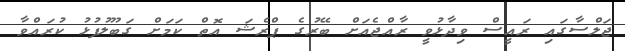
ޖަލްސާގައި ރައީސް ވިދާޅުވީ ރާއްޖެއަށް ބޭރުގެ ޕްރެޝަ އޮތް ކަމަށް ގަބޫލުފުޅު ކުރައްވާ